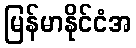
မြန်မာနိုင်ငံအ